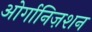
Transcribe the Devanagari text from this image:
ओर्गानिज़शन